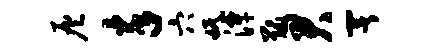
灰卒穴氓潭猷君署